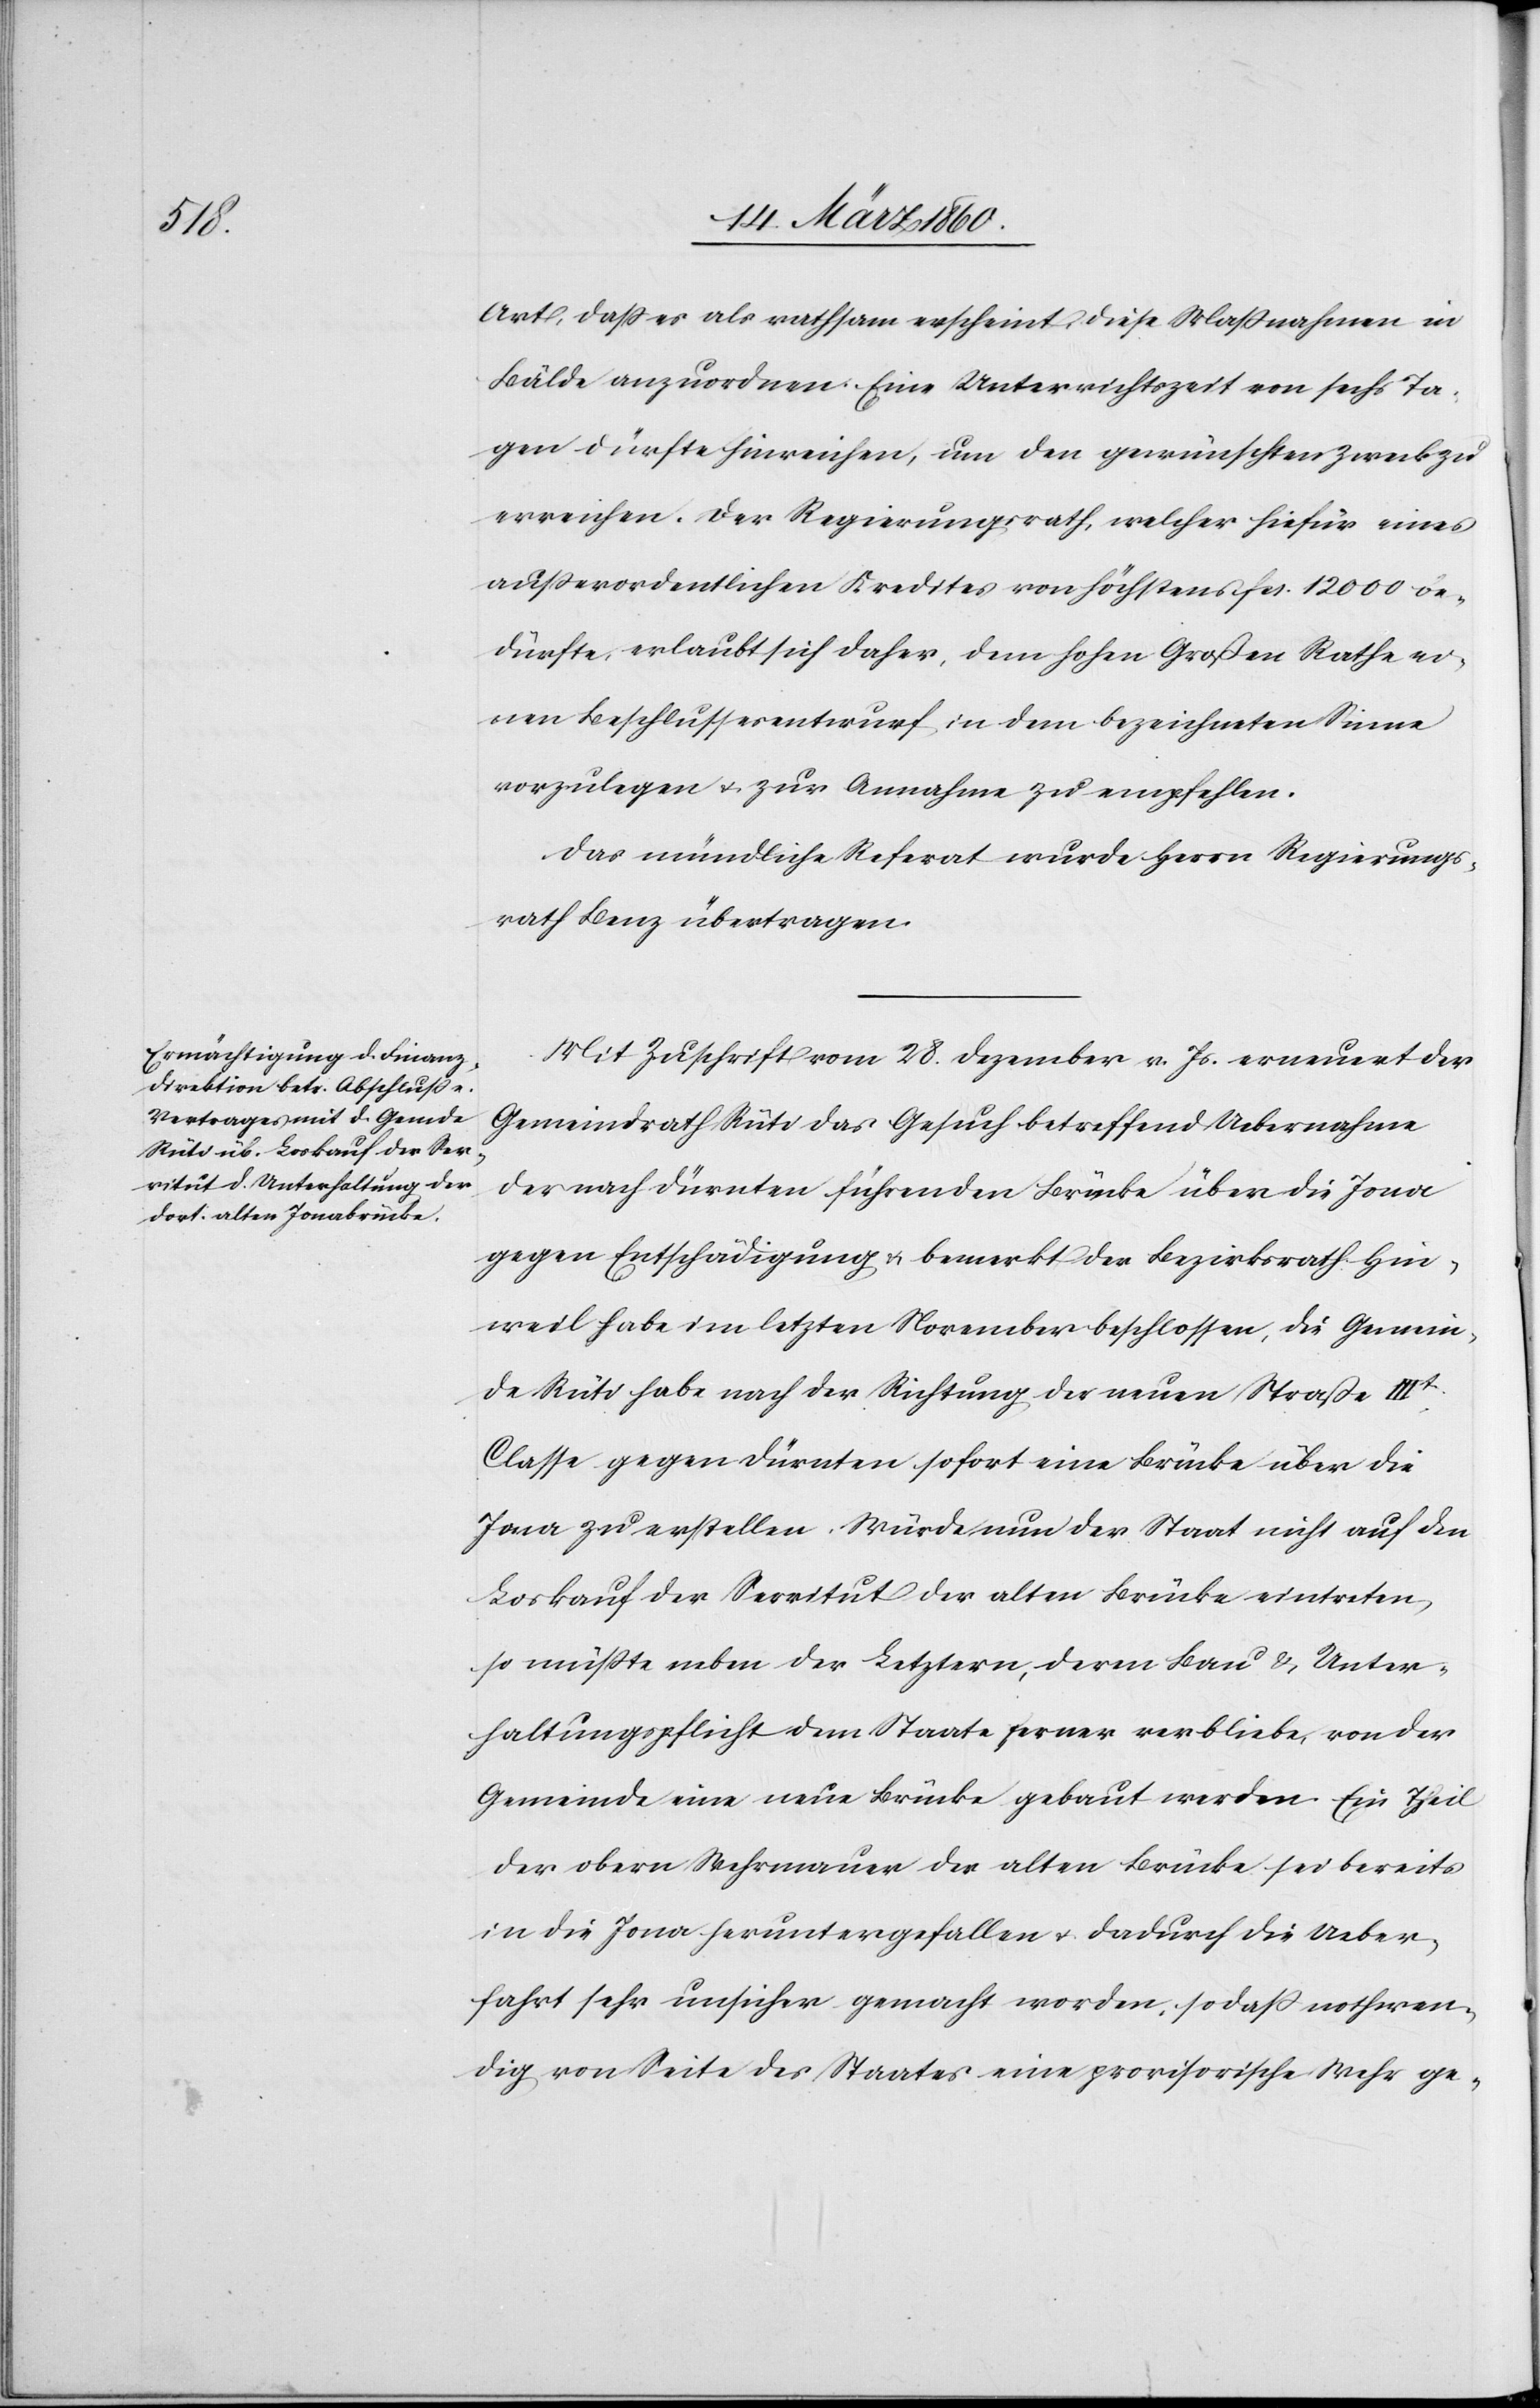
Art, dass es als rathsam erscheint, diese Massnahmen in
Bälde anzuordnen. Eine Unterrichtszeit von sechs Ta¬
gen dürfte hinreichen, um den gewünschten Zweck zu
erreichen. Der Regierungsrath, welcher hiefür eines
ausserordentlichen Kredites von höchstens fcs. 12 000 be¬
dürfte, erlaubt sich daher, dem hohen Großen Rathe ei¬
nen Beschlussesentwurf in dem bezeichneten Sinne
vorzulegen u. zur Annahme zu empfehlen.
Das mündliche Referat wurde Herrn Regierungs¬
rath Benz übertragen.
Mit Zuschrift vom 28. Dezember v. Js. erneuert der
Gemeindrath Rüti das Gesuch betreffend Uebernahme
der nach Dürnten führenden Brücke über die Jona
gegen Entschädigung u. bemerkt: der Bezirksrath Hin¬
weil habe nach der Richtung der neuen Strasse IIIt
Classe gegen Dürnten sofort eine Brücke über die
Jona zu erstellen. Würde nun der Staat nicht auf den
Loskauf der Servitut der alten Brücke eintreten,
so müsste neben der Letztern, deren Bau u. Unter¬
haltungspflicht dem Staate ferner verbliebe, von der
Gemeinde eine neue Brücke gebaut werden. Ein Theil
der obern Wehrmauer der alten Brücke sei bereits
in die Jona heruntergefallen u. dadurch die Ueber¬
fahrt sehr unsicher gemacht worden, so daß nothwen¬
dig von Seite des Staates eine provisorische Wehr ge-